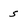
Character: 5